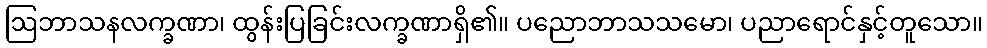
ဩဘာသနလက္ခဏာ၊ ထွန်းပြခြင်းလက္ခဏာရှိ၏။ ပညောဘာသသမော၊ ပညာရောင်နှင့်တူသော။